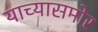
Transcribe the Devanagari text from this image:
याच्यासमोर